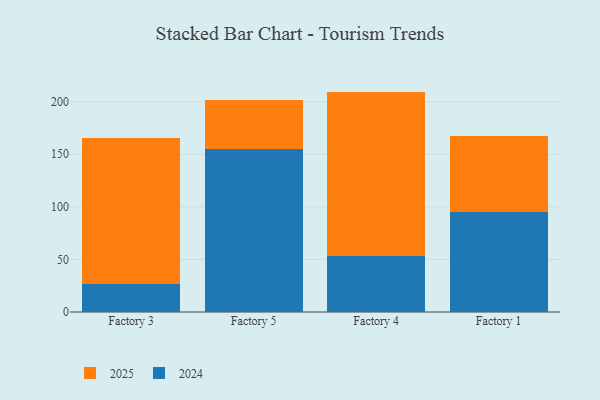
{"axis": {"x": "Factory", "y": "Conversion Rate (%)"}, "legend": ["2024", "2025"], "data": [{"x": "Factory 3", "y": 138.4, "type": "2025"}, {"x": "Factory 3", "y": 26.9, "type": "2024"}, {"x": "Factory 5", "y": 46.6, "type": "2025"}, {"x": "Factory 5", "y": 155.4, "type": "2024"}, {"x": "Factory 4", "y": 156.5, "type": "2025"}, {"x": "Factory 4", "y": 53.1, "type": "2024"}, {"x": "Factory 1", "y": 72.8, "type": "2025"}, {"x": "Factory 1", "y": 94.7, "type": "2024"}]}